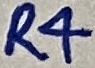
Text: R4